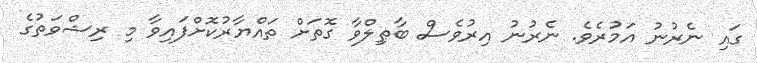
ގައި ނެރުނު އަމުރެވެ. ނެރުނު އިރުވެސް ބާޠިލްވާ ގޮތަށް ތައްޔާރުކޮށްފައިވާ މި ރިޝްވަތުގެ